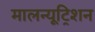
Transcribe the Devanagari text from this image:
मालन्यूट्रिशन